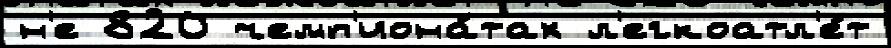
н'е 820 чемп'иона́тах л'егкоатл'е́т